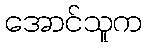
အောင်သူက